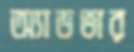
অ্যাডভার